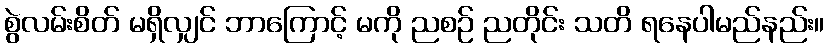
စွဲလမ်းစိတ် မရှိလျှင် ဘာကြောင့် မကို ညစဉ် ညတိုင်း သတိ ရနေပါမည်နည်း။